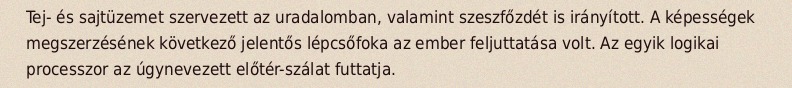
Tej- és sajtüzemet szervezett az uradalomban, valamint szeszfőzdét is irányított. A képességek megszerzésének következő jelentős lépcsőfoka az ember feljuttatása volt. Az egyik logikai processzor az úgynevezett előtér-szálat futtatja.